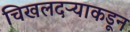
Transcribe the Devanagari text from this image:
चिखलदऱ्याकडून